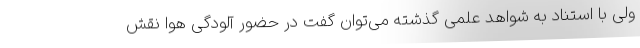
ولی با استناد به شواهد علمی گذشته می‌توان گفت در حضور آلودگی هوا نقش